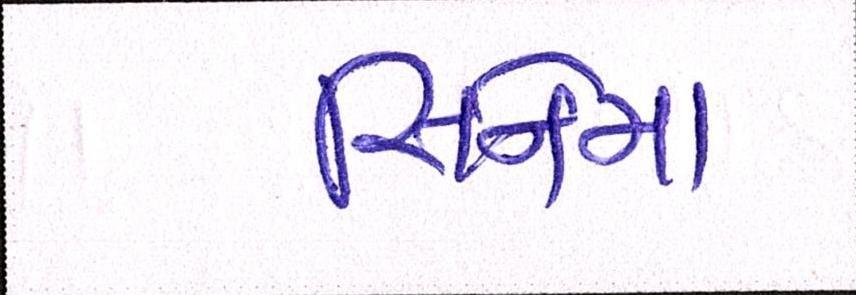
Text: સિનેમા